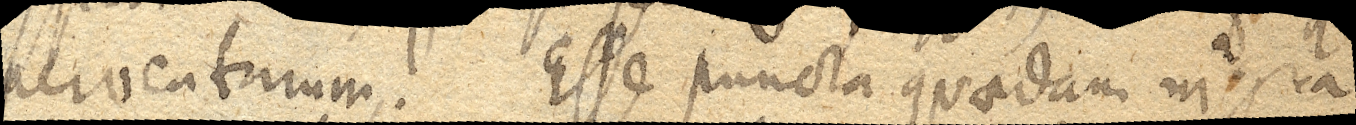
perventurum. Esse puncta quaedam nigra